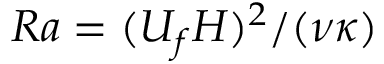
R a = ( U _ { f } H ) ^ { 2 } / ( \nu \kappa )